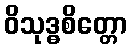
ဝိသုဒ္ဓစိတ္တော